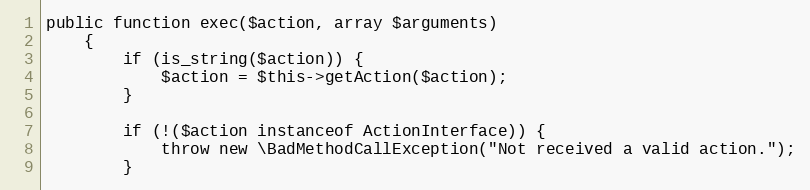
Language: PHP
public function exec($action, array $arguments)
    {
        if (is_string($action)) {
            $action = $this->getAction($action);
        }

        if (!($action instanceof ActionInterface)) {
            throw new \BadMethodCallException("Not received a valid action.");
        }